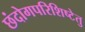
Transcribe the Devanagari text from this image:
छंदोगपरिशिष्टेतु